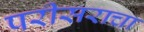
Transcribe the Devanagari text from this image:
परीसराचा